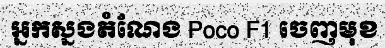
អ្នកស្នងតំណែង Poco F1 ចេញមុខ